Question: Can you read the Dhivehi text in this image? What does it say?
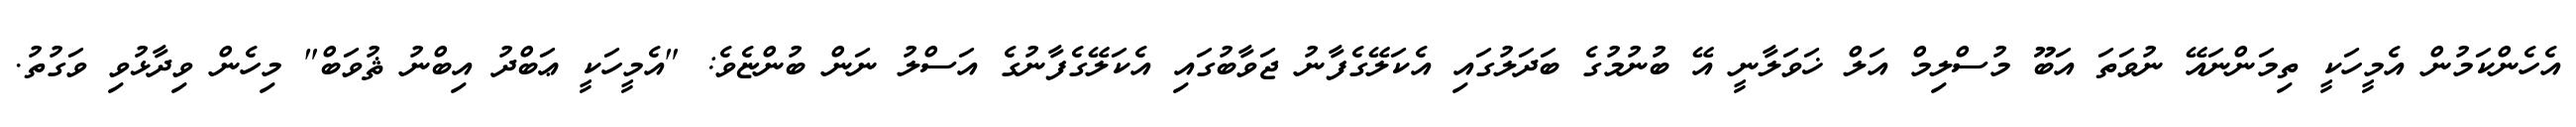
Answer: އެހެންކަމުން އެމީހަކީ ތިމަންނައޭ ނުވަތަ އަބޫ މުސްލިމް އަލް ޚަވަލާނީ އޭ ބުނުމުގެ ބަދަލުގައި އެކަލޭގެފާނު ޖަވާބުގައި އެކަލޭގެފާނުގެ އަސްލު ނަން ބުންޏެވެ: "އެމީހަކީ ޢަބްދު އިބްނު ޘުވަބް" މިހެން ވިދާޅުވި ވަގުތު.